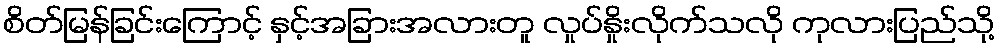
စိတ်မြန်ခြင်းကြောင့် နှင့်အခြားအလားတူ လှုပ်နှိုးလိုက်သလို ကုလားပြည်သို့